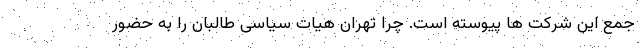
جمع این شرکت ها پیوسته است. چرا تهران هیات سیاسی طالبان را به حضور